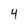
Character: 4